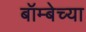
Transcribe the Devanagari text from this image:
बॉम्बेच्या